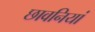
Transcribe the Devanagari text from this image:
छावनियां